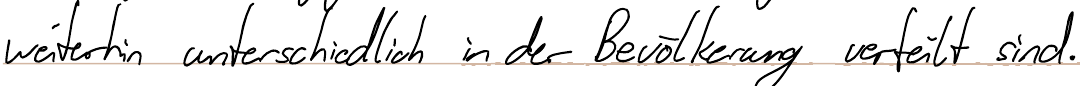
weiterhin unterschiedlich in der Bevölkerung verteilt sind.